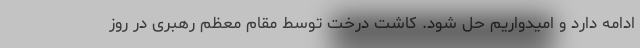
ادامه دارد و امیدواریم حل شود. کاشت درخت توسط مقام معظم رهبری در روز